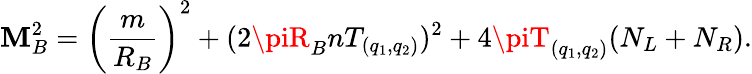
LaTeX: \mathbf{M}_{B}^{2}=\left({\frac{{m}}{{R_{B}}}}\right)^{2}+(2\piR_{B}nT_{(q_{1},q_{2})})^{2}+4\piT_{(q_{1},q_{2})}(N_{L}+N_{R}).